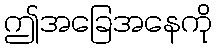
ဤအခြေအနေကို